Memorandum on the prevention of leprosy by segregation of the affected
Disease focus: Leprosy
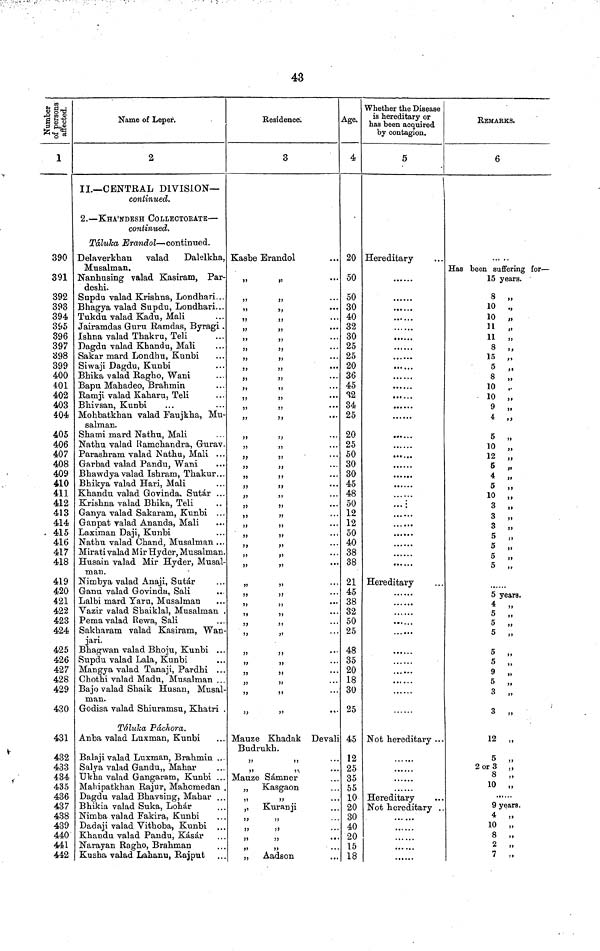
43
Number of persons affected
1
390
391
392
393
394.
395
396
397
398
399
400
401
402
403
404
405
406
407
408
409
410
411
412
413
414
. 415
416
417
418
419
420
421
422
423
424
425
426
427
428
429
430
431
432
433
434
435
436
437
438
439
440
441
442
Name of Leper.
2
II.— CENTRAL DIVISION—
continued.
2. — KHA'NDESH COLLECTORATE —
continued.
Taluka Erandol — continued.
Delaverkhan valad
Dalelkha,
Musalman.
Nanhusing valad Kasiram, Par-
deshi.
Supdu valad Krishna, Londhari...
Bhagya valad Supdu, Londhari. . .
Tukdu valad Kadu, Mali
Jairamdas Guru Bamdas, Byragi .
Ishna valad Thakru, Teli
Dagdu valad Kbandu, Mali
Sakar mard Londhu, Kunbi
Siwaji Dagdu, Kunbi
Bhika valad Ragho, Wani
Bapu Mahadeo, Brahmin
Ramji valad Kaharu, Teli
Bhivsan, Kunbi
Mohbatkhan valad Faujkha, Mu-
salman.
Shami mard Na.thu, Mali
Nathu valad Ramchandra, Gurav.
Parashram valad Nathu, Mali ...
Garbad valad Pandu, Wani
Bhawdya valad Ishram, Thakur...
Bhikya valad Hari, Mali
Khandu valad Govinda, Sutar ...
Krishna valad Bhika, Teli
Ganya valad Sakaram, Kunbi ...
Ganpat valad Ananda, Mali
Laximan Daji, Kunbi
Nathu valad Chand, Musalman ...
Mirati valad Mir Hyder, Musalman.
Husain valad Mir Hyder, Musal-
man.
Nimbya valad Anaji, Sutar
Ganu valad Govinda, Sali
Lalbi mard Yaru, Musalman
Vazir valad Shaiklal, Musalman .
Pema valad Rewa, Sali
Sakharam valad Kasiram, Wan-
jari.
Bhagwan valad Bhoju, Kunbi ...
Supdu valad Lala, Kunbi
Mangya valad Tanaji, Pardhi ...
Chothi valad Madu, Musalman . . .
Bajo valad Shaik Husan, Musal-
man.
Godisa valad Shiuramsu, Khatri .
Tftluka Pdchora.
Anba valad Luxman, Kunbi
Balaji valad Luxman, Brahmin ...
Salya valad Gandu,, Mahar
Ukha valad Gangaram, Kunbi ...
MaMpatkhan Rajur, Mahomedan .
Dagdu valad Bhavsing, Mahar ...
Bhikia valad Suka, Lohar
Nimba valad Fakira, Kunbi
Dadaji valad Vithoba, Kunbi
Khandu valad Pandu, Kasar
Narayan Ragho, Brahman
Kusha valad Lahanu, Rajput
Residence.
3
Kasbe Erandol
"
"
"
"
"
"
"
"
"
"
Mauze Khadak Devali
Budrukh.
Mauze Samner
„ Kasgaon
"
"
,, Kuranji
"
"
"
"
"
"
"
"
„
Aadson
Age.
4
20
50
50
30
40
32
30
25
25
20
36
45
32
34
25
20
25
50
30
30
45
48
50
12
12
50
40
38
38
21
45
38
32
50
25
48
35
20
18
30
25
45
12
25
35
55
10
20
30
40
20
15
18
Whether the Disease
is hereditary or
has been acquired
by contagion.
5
Hereditary
.......
......
......
......
.....
... ...
... ...
...
...
......
Hereditary
......
......
Not hereditary ...
.....
Hereditary
Not hereditary ..
...
REMARKS.
6
Has been suffering for —
15 years.
8 „
10 .,
10 „
11 „
11 "
8 „
15 „
5 „
8 „
10 ,.
10 „
9 „
4 „
5 „
10 „
12 „
5 "
4 "
5 "
10
"
3 "
3 "
3 "
5 "
5 "
5 "
5 years.
4 „
5 „
5 „
5 ,,
5 „
5 „
9 „
5 „
3 „
3 „
12 „
5 „
2 or 3 ,,
8 „
10 „
9 years.
4 „
10 „
8 „
2 „
7 „